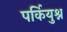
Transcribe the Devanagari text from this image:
पर्कियुश्न